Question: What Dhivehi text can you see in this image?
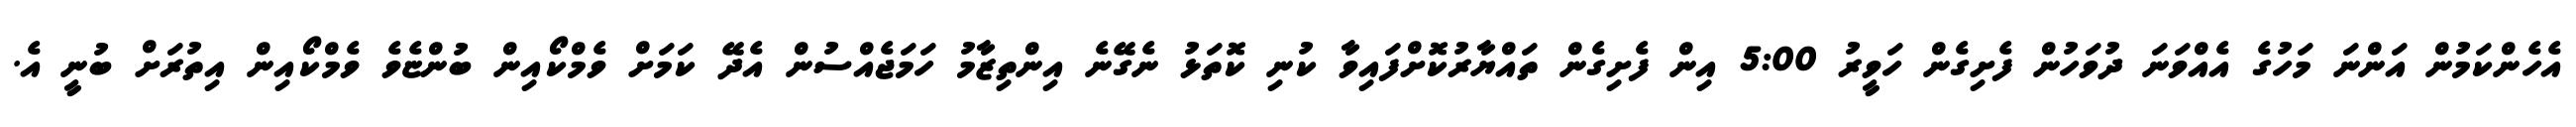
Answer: އެހެންކަމުން އަންނަ މަހުގެ އެއްވަނަ ދުވަހުން ފެށިގެން ހަވީރު 5:00 އިން ފެށިގެން ތައްޔާރުކޮށްފައިވާ ކުނި ކޮތަޅު ނެގޭނެ އިންތިޒާމު ހަމަޖެއްސުން އެދޭ ކަމަށް ވެމްކޯއިން ބުންޏެވެ ވެމްކޯއިން އިތުރަށް ބުނީ އެ.